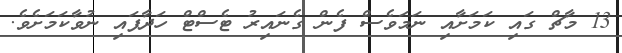
13 މާޗް ގައި ކަމަށާއި ނަމަވެސް ފެން ގެނައިރު ޓެސްޓް ހަދާފައި ނުވާކަމަށެވެ.